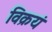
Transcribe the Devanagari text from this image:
विक्रयं